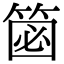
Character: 𥮦